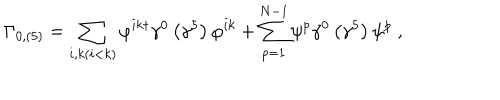
\Gamma _ { 0 , \left( 5 \right) } = \sum _ { i , k ( i < k ) } \varphi ^ { i k \dagger } \gamma ^ { 0 } \left( \gamma ^ { 5 } \right) \varphi ^ { i k } + \sum _ { p = 1 } ^ { N - 1 } \psi ^ { p } \gamma ^ { 0 } \left( \gamma ^ { 5 } \right) \psi ^ { p } \ ,